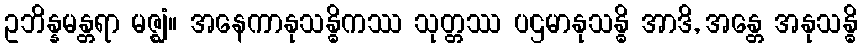
ဥဘိန္နမန္တရာ မဇ္ဈံ။ အနေကာနုသန္ဓိကဿ သုတ္တဿ ပဌမာနုသန္ဓိ အာဒိ, အန္တေ အနုသန္ဓိ